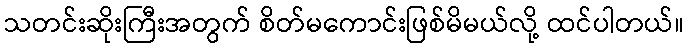
သတင်းဆိုးကြီးအတွက် စိတ်မကောင်းဖြစ်မိမယ်လို့ ထင်ပါတယ်။